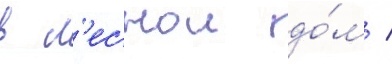
в л'еснои до́м /